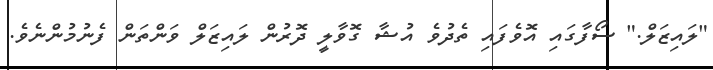
"ލައިޒަލް." ސޯފާގައި އޮވެފައި ތެދުވެ އުޝާ ގޮވާލީ ދޮރުން ލައިޒަލް ވަންތަން ފެނުމުންނެވެ.